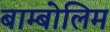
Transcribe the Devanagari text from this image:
बाम्बोलिम